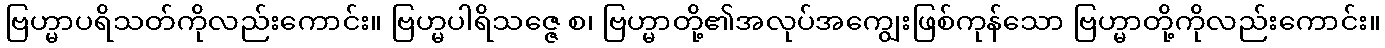
ဗြဟ္မာပရိသတ်ကိုလည်းကောင်း။ ဗြဟ္မပါရိသဇ္ဇေ စ၊ ဗြဟ္မာတို့၏အလုပ်အကျွေးဖြစ်ကုန်သော ဗြဟ္မာတို့ကိုလည်းကောင်း။